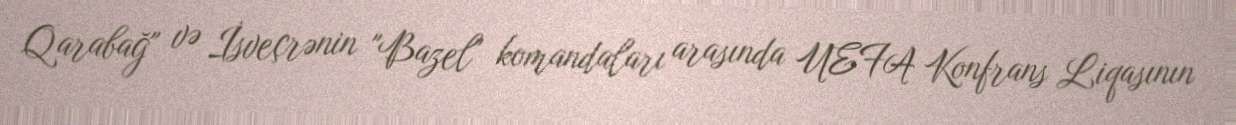
Qarabağ" və İsveçrənin "Bazel" komandaları arasında UEFA Konfrans Liqasının